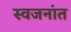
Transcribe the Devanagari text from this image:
स्वजनांत